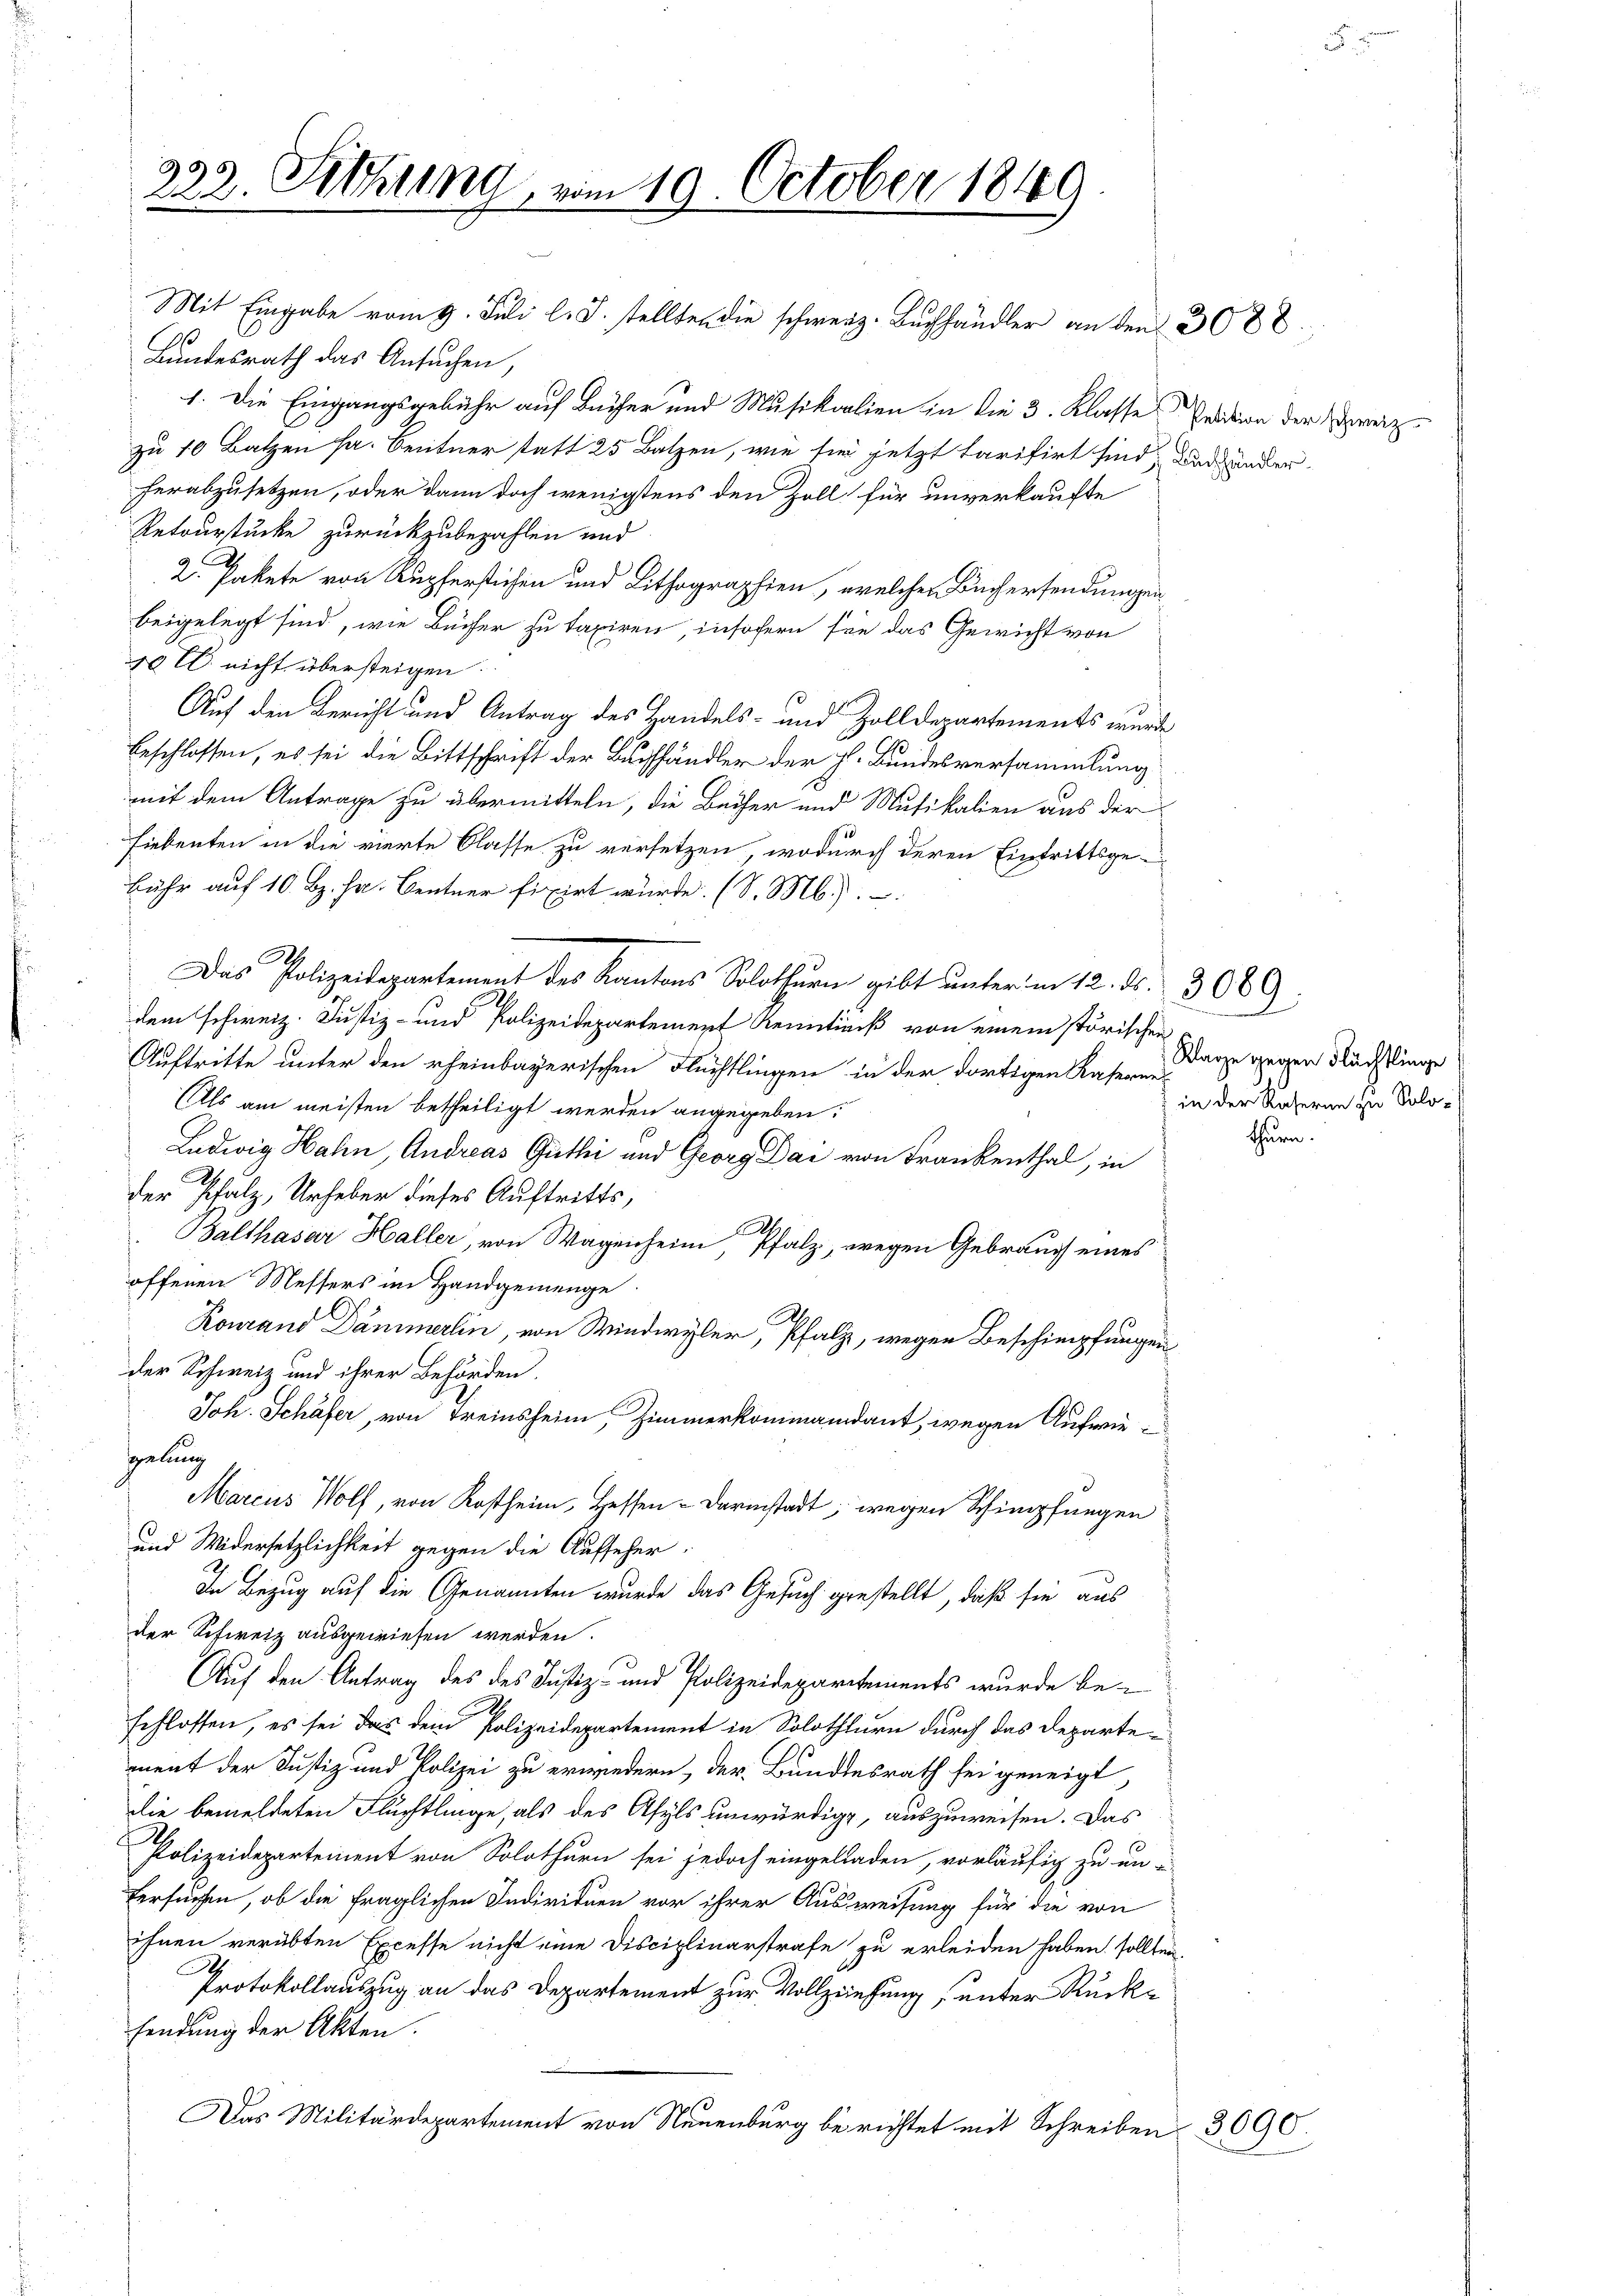
323. Sitzung, vom 19. October 1849

Mit Eingabe vom 9. Juli l. J. stellten die schweiz. Buchhändler an den 3088.
60
Bundesrath das Ansuchen,
1. Die Eingangsgebühr auf Bücher und Musikalien in die 3. Klasses Pration der reiz
zu 10 Batzen sa. Bentner statt 25 Batzen, wie sie jetzt tarifirt sind, und ander
herabzusetzen, oder dann doch wenigstens den Zoll für unverkaufte
Retourstücke zurückzubezahlen und
e
2. Pakete von Rupferstichen und Lithographien, welcher Büchersendungen
beigelegt sind, wie Bücher zu taxiren, insofern sie das Gewicht von
40 l. nicht übersteigen
Auf den Bericht und Antrag des Handels- und Zolldepartements wurde
beschlossen, es sei die Bittschrift der Buchhändler der h. Bundesversammlung
mit dem Antrage zu übermitteln, die Bücher und Mutikalien aus der
Liebenten in die vierte Classe zu versetzen, wodurch deren Eintrittsge-
fuhr auf 10. Bz. hr. Centner fixirt würde. (S. M.).
.
Das Polizeidepartement des Kantons Solothurn gibt unterm 12. ds. 3080
dem schweiz. Justiz- und Polizeidepartement Kenntniß von einem störischen
Auftritte unter den rheinbayerischen Flüchtlingen in der dortigen Kaserne
Als am meisten betheiligt werden angegeben.
Ludwig Hahn, Andreas Guthi und Georg Dai von Frankenthal, in
der Pfalz, Urheber dieses Auftritts,
Balthasar Haller, von Wagenheim Pfalz, wegen Gebrauch eines
offenen Messers im Handgemeinge
Kourand Dämmerlin, von Windwyler, Pfalz, wegen Beschimpfungen
der Schweiz und ihrer Behörden.
Joh. Schäfer, von Treinsheim, Zimmerkommandant, wegen Aufwie
gelung
Marcus Wolf, von Kostheim, Hessen-Darmstadt, wegen Schimpfungen
.
und Widersetzlichkeit gegen die Aufseher:
In Bezug auf die Genannten wurde das Gesuch gestellt, daß sie aus
der Schweiz ausgewiesen werden.
Auf den Antrag des des Justiz- und Polizeidepartements wurde be-
schlossen, es sei das dem Polizeidepartement in Solothurn durch das Departement der Justiz und Polizei zu erwiedern, der Bundesrath sei geneigt
die bemeldeten Flüchtlinge, als des Asyls unwürdigt, auszuweisen. Das
Polizeidepartement von Solothurn sei jedoch eingeladen, vorläufig zu un-
fersuchen, ob die fraglichen Individuen vor ihrer Ausweisung für die von
ihnen verübten Excesse nicht eine Disciplinarstrafe zu erleiden haben sollten
A
Protokollauszug an das Departement zur Vollziehung, unter Rücksendung der Akten.
Das Militärdepartement von Neuenburg berichtet mit Schreiben

Klage gegen Flächtlinge
in der Raseren zu Solothurn.

3090.